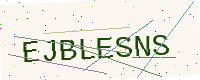
Text: EJBLESNS